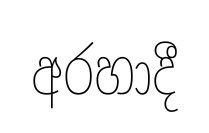
අරහාදී